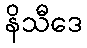
နိသီဒေ